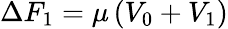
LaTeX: \Delta F_{1}=\mu\left(V_{0}+V_{1}\right)